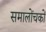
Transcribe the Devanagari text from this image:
समालोंचकों